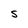
Character: S